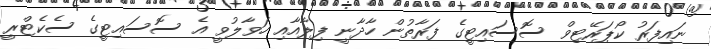
ނައިފަރު ކޯޕަރޭޓިވް ސޮސައިޓީގެ ފަރާތުން ހާދާނީ ފިލާއާއި ހަވާލުވީ އެ ސޮސައިޓީގެ ސެކެޓްރީ